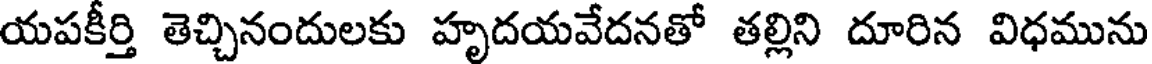
యపకీర్తి తెచ్చినందులకు హృదయవేదనతో తల్లిని దూరిన విధమును